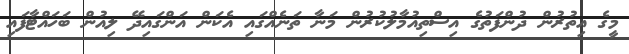
މީގެ އިތުރުން ދުންފަތުގެ އިސްތިއުމާލުކުރުން މަނާ ތަނެއްގައި އެކަން އަންގައިދޭ ލިއުން ބަހައްޓާފައި